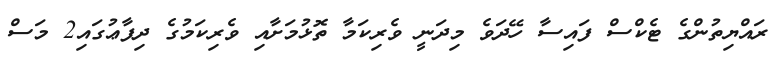
ރައްޔިތުންގެ ޓެކްސް ފައިސާ ހޭދަވެ މިދަނީ ވެރިކަމާ ތޮޅުމަށާއި ވެރިކަމުގެ ދިފާޢުގައި2 މަސް